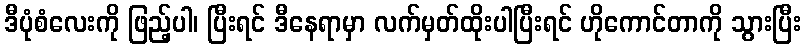
ဒီပုံစံလေးကို ဖြည့်ပါ၊ ပြီးရင် ဒီနေရာမှာ လက်မှတ်ထိုးပါပြီးရင် ဟိုကောင်တာကို သွားပြီး